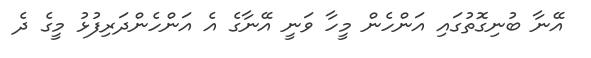
އޭނާ ބުނިގޮތުގައި އަންހެން މީހާ ވަނީ އޭނާގެ އެ އަންހެންދަރިފުޅު މީގެ ދެ